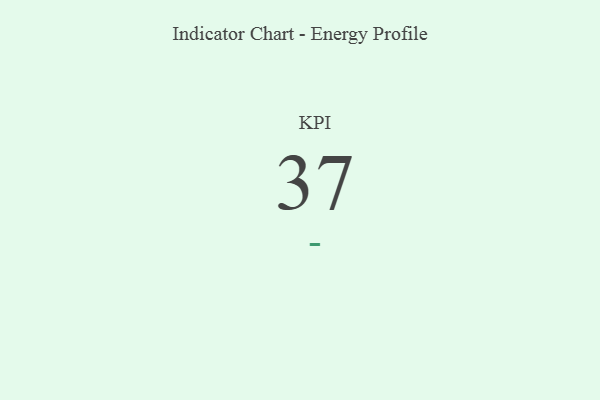
{"axis": {"x": "KPI", "y": "Value"}, "legend": [""], "data": [{"x": "KPI", "y": 37, "type": ""}]}